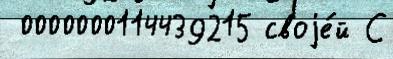
 0000000114439215 своjе́й С